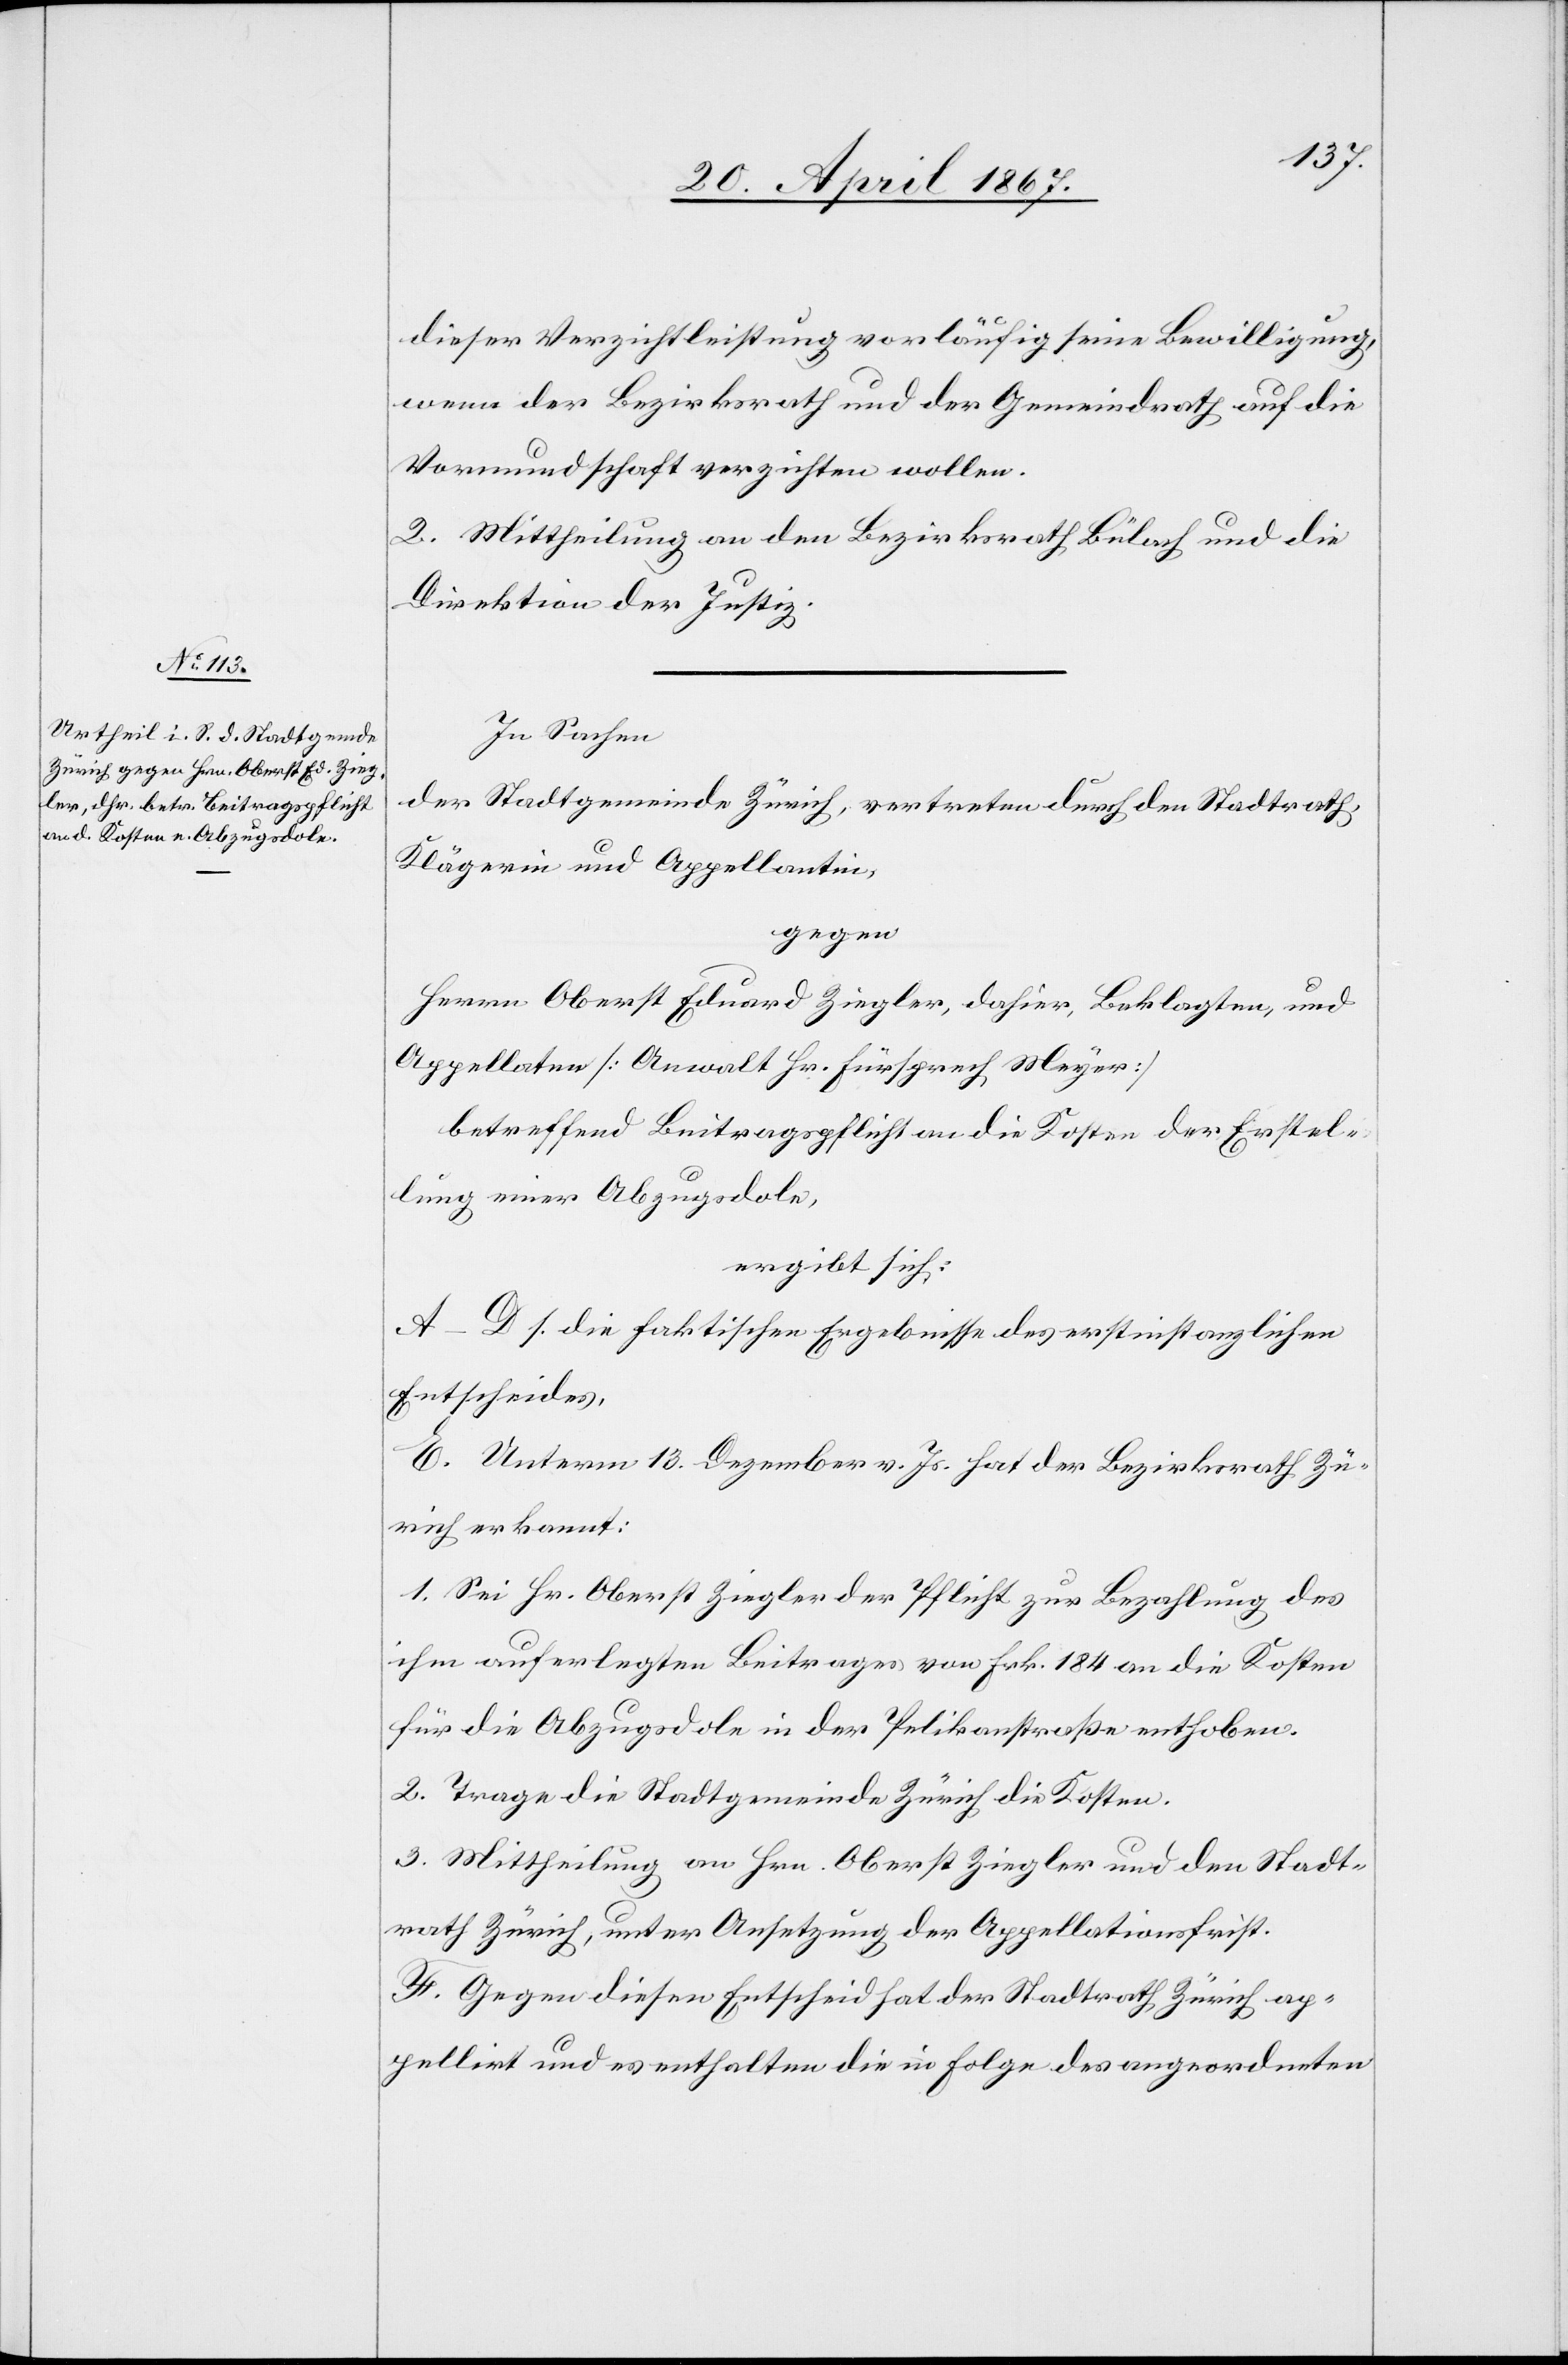
dieser Verzichtleistung vorläufig seine Bewilligung
wenn der Bezirksrath und der Gemeinderath auf die
Vormundschaft verzichten wollen.
2. Mittheilung an den Bezirksrath Bülach und die
Direktion der Justiz.
In Sachen
der Stadtgemeinde Zürich, vertreten durch den Stadtrath,
Klägerin und Appellantin,
gegen
Herrn Oberst Eduard Ziegler, dahier, Beklagten und
Appellaten [Anwalt Hr. Fürsprech Meyer]
betreffend Beitragspflicht an die Kosten der Erstel¬
lung einer Abzugsdole,
ergibt sich:
A–D. S. die faktischen Ergebnisse des erstinstanzlichen
Entscheides.
E. Unterm 13. Dezember v. Js. hat der Bezirksrath Zü¬
rich erkannt:
1. Sei Hr. Oberst Ziegler der Pflicht zur Bezahlung des
ihm auferlegten Beitrages von Frk. 184 an die Kosten
für die Abzugsdole in der Pelikanstraße enthoben.
2. Trage die Stadtgemeinde Zürich die Kosten.
3. Mittheilung an Hrn. Oberst Ziegler und den Stadt¬
rath Zürich, unter Ansetzung der Appellationsfrist.
F. Gegen diesen Entscheid hat der Stadtrath Zürich ap¬
pellirt und es enthalten die in Folge des angeordneten